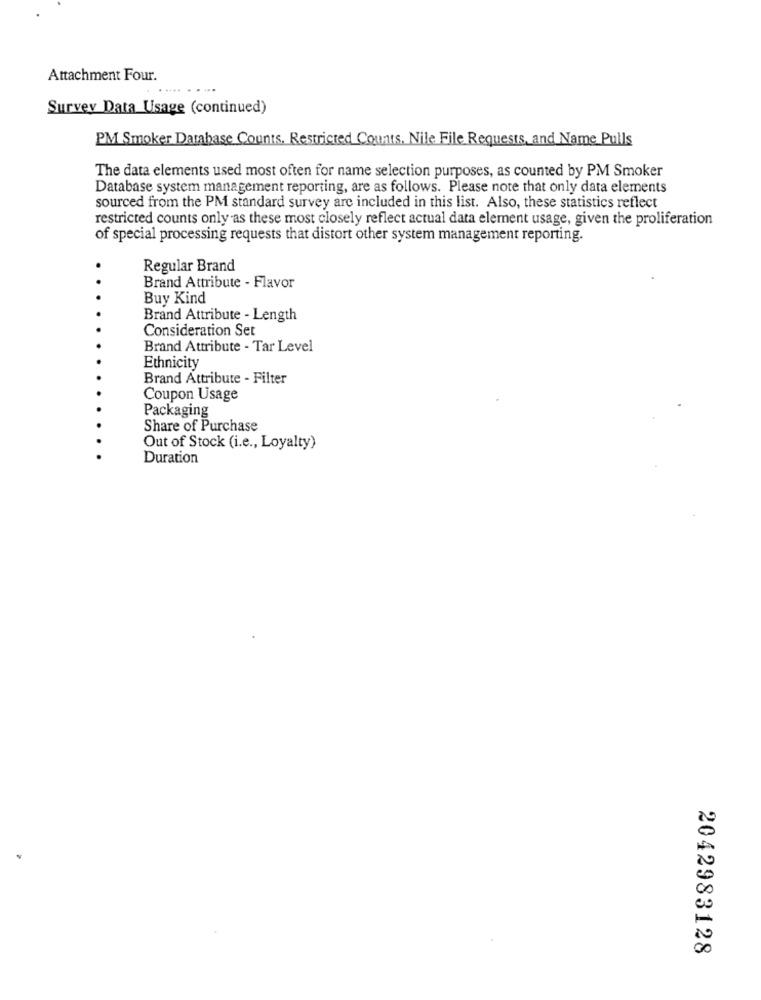
Attachment Four.
Survey Data Usage (continued)
PM Smoker Database Counts, Restricted Counts. Nile File Requests, and Name Pulls
The data elements used most often for name selection purposes, as counted by PM Smoker
Database system management reporting, are as follows. Please note that only data elements
sourced from the PM standard survey are included in this list. Also, these statistics reflect
restricted counts only as these most closely reflect actual data element usage, given the proliferation
of special processing requests that distort other system management reporting.
Regular Brand
Brand Attribute - Flavor
Buy Kind
Brand Attribute - Length
Consideration Set
Brand Attribute - Tar Level
Ethnicity
Brand Attribute - Filter
Coupon Usage
Packaging
Share of Purchase
Out of Stock (i.e ., Loyalty)
Duration
20
0
2042983128